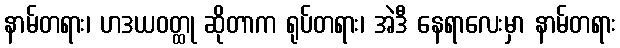
နာမ်တရား၊ ဟဒယဝတ္ထု ဆိုတာက ရုပ်တရား၊ အဲဒီ နေရာလေးမှာ နာမ်တရား